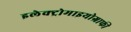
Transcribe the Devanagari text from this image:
इलेक्ट्रोमाइयोग्राफी